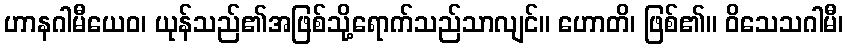
ဟာနဂါမီယေဝ၊ ယုန်သည်၏အဖြစ်သို့ရောက်သည်သာလျင်။ ဟောတိ၊ ဖြစ်၏။ ဝိသေသဂါမီ၊